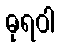
ဓုရဝါ